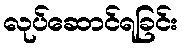
လုပ်ဆောင်ရခြင်း